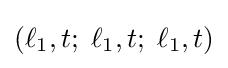
(\ell _{1},t;\;\ell _{1},t;\;\ell _{1},t)